Leaving Certificate Examination (including Day School Certificate (Higher) General paper), 1937
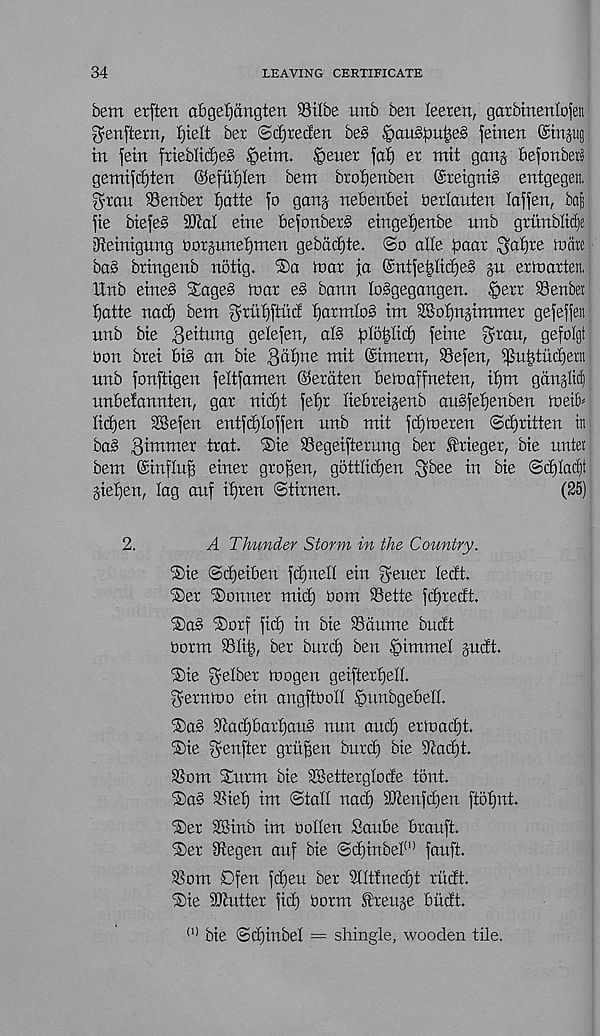
34
LEAVING CERTIFICATE
bem erften abgetjdngten Stlbe unb ben leeren, gorbmenlo]en
^enftern, fjielt ber ©cfjrecfen be§ |)au§^)u^e§ feinen @in§itg
in fetn frteblicf)e§ §eim. §euer fat) er mit ganj bejonbers
gemifd)ten ©efuf)Ien bem broijenben ©retgntS entgegen,
gran Sen ber fjatte fo gang- nebenbei berlauten lafjen, bats
fie biefeg 9JiaI eine befonber§ eingefjenbe unb griinblidte
iReinigung borgnnetjmen gebdcijte. @o alle faaar gal)re to are
bag bringenb notig. ®a toar ja ©ntfe^Iid)e§ gn ertoarten.
Unb eine§ Sageg toar eg bann loggegangen. ^>err Senbei
tjatte nad) bent grntjftud fjarmlog int SSotjngimmer gefeffen
unb bie fteitunq gelefen, at§ falb^tid) feine gran, gefolgt
oon brei big an bie 3d£) ne mit (Simern, Sefen, i]3n^tud)ern
unb fonftigen feltfamen ©eraten betoaffneten, if)tn ganglia
nnbefannten, gar nidft fefjr liebreigenb angfetjenben toeit*
lidjen SSefen entfdjloffen nnb mit fdjtoeren ©djritten in
bag dimmer trat. ®ie Segeifterung ber ^rieger, bie nntei
bem ©influfr einer groffen, gottIid)en gbee in bie ©ct)tarf)t
gietjen, tag auf it)ren ©tirnen.
(25)
2.
A Thunder Storm in the Country.
®ie ©djeiben fd)nell ein geuer ledt.
®er Conner mid) bom Sette fd)redt.
®ag ®orf fid) in bie Sdume bndt
borm Sti^, ber burd) ben |)immet gudt.
®ie getber toogen geifterfjelL
gerntoo ein angftboH ^unbgebelL
®ag Sad)bart)ang nun and) ertoai^t.
®ie genfter grit^en bnrd) bie Sad)t.
Som Sturm bie SBettergtode tout.
®ag Sie^ im ©tad nad) SDtenfdfen fto^nt.
®er SBinb im boden Saube brauft.
Ster Segen auf bie ©d)inbet (1) fauft.
Som Dfen fd)eu ber Stttfnedft ritdt.
®ie Stutter fid) borm freuge btidt.
(1) bie ©dfinbet = shingle, wooden tile,